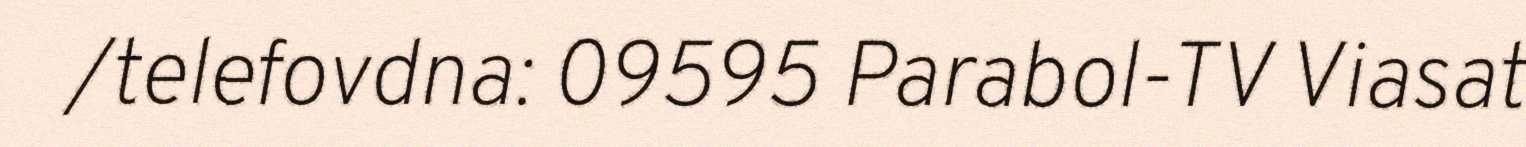
/telefovdna: 09595 Parabol-TV Viasat